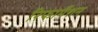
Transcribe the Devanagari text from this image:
रिफार्मेशन